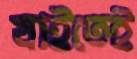
যাইতেই